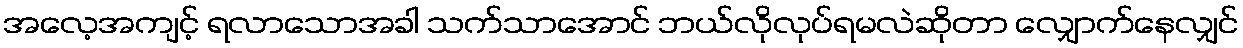
အလေ့အကျင့် ရလာသောအခါ သက်သာအောင် ဘယ်လိုလုပ်ရမလဲဆိုတာ လျှောက်နေလျှင်